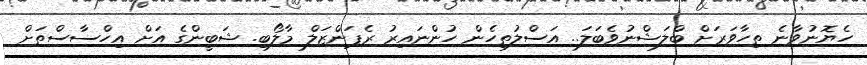
ހެޔޮނުވާނެ ތިހާވަރަށް ބްލަޝްނުވެބަލަ.. އަސްލުތިހެން ހުންނައިރު ރެޕަންޒަލް މާލޯބި. ޝަބީންގެ އަށް އިހްސާސްތަށް